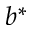
b ^ { * }